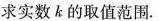
求实数k的取值范围。